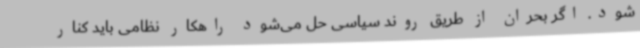
شود. اگر بحران از طریق روند سیاسی حل می‌شود راهکار نظامی باید کنار